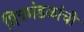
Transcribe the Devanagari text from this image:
मित्रमंडळांची